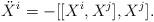
LaTeX: \begin{align*}\ddot{X}^i = -[[X^i, X^j], X^j].\end{align*}